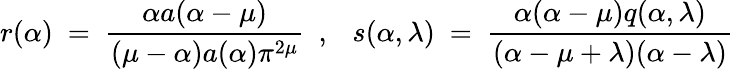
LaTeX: r(\alpha)~=~\frac{\alpha a(\alpha-\mu)}{(\mu-\alpha)a(\alpha)\pi^{2\mu}}{}~~,~~~s(\alpha,\lambda)~=~\frac{\alpha(\alpha-\mu)q(\alpha,\lambda)}{(\alpha-\mu+\lambda)(\alpha-\lambda)}